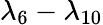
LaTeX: \lambda_{6}-\lambda_{10}